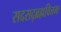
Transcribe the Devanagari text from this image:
सदसद्ब्रह्मवित्तमः